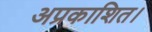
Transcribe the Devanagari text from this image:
अप्रकाशित।